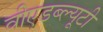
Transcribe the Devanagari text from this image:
वीएडब्ल्यूटी